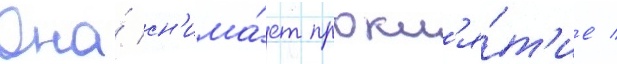
Она́ сн'има́ет прокл'я́т'ие /